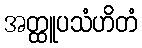
အတ္ထူပသံဟိတံ